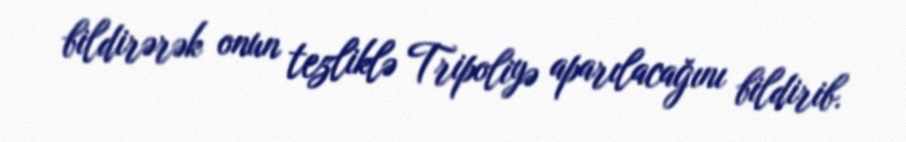
bildirərək onun tezliklə Tripoliyə aparılacağını bildirib.